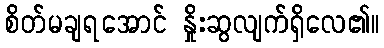
စိတ်မချရအောင် နှိုးဆွလျက်ရှိလေ၏။